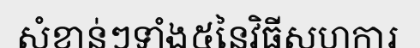
សំខាន់ៗទាំង៥នៃវិធីសហការ